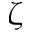
\zeta